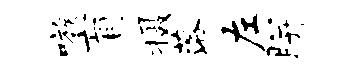
嗾盲摄落左胼